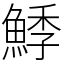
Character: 鯚